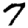
Digit: 7